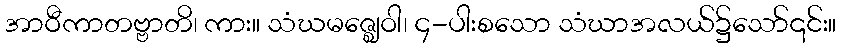
အာဝီကာတဗ္ဗာတိ၊ ကား။ သံဃမဇ္ဈေဝါ၊ ၄-ပါးစသော သံဃာအလယ်၌သော်၎င်း။